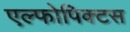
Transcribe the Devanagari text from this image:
एल्फोपिक्टस